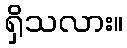
ရှိသလား။